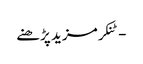
- ٹنکرمزید پڑھنے